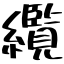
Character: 纜